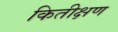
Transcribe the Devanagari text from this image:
कितीक्षण